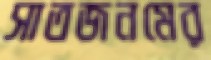
সাতজনমের